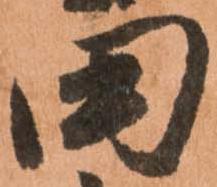
田